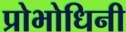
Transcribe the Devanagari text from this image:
प्रोभोधिनी